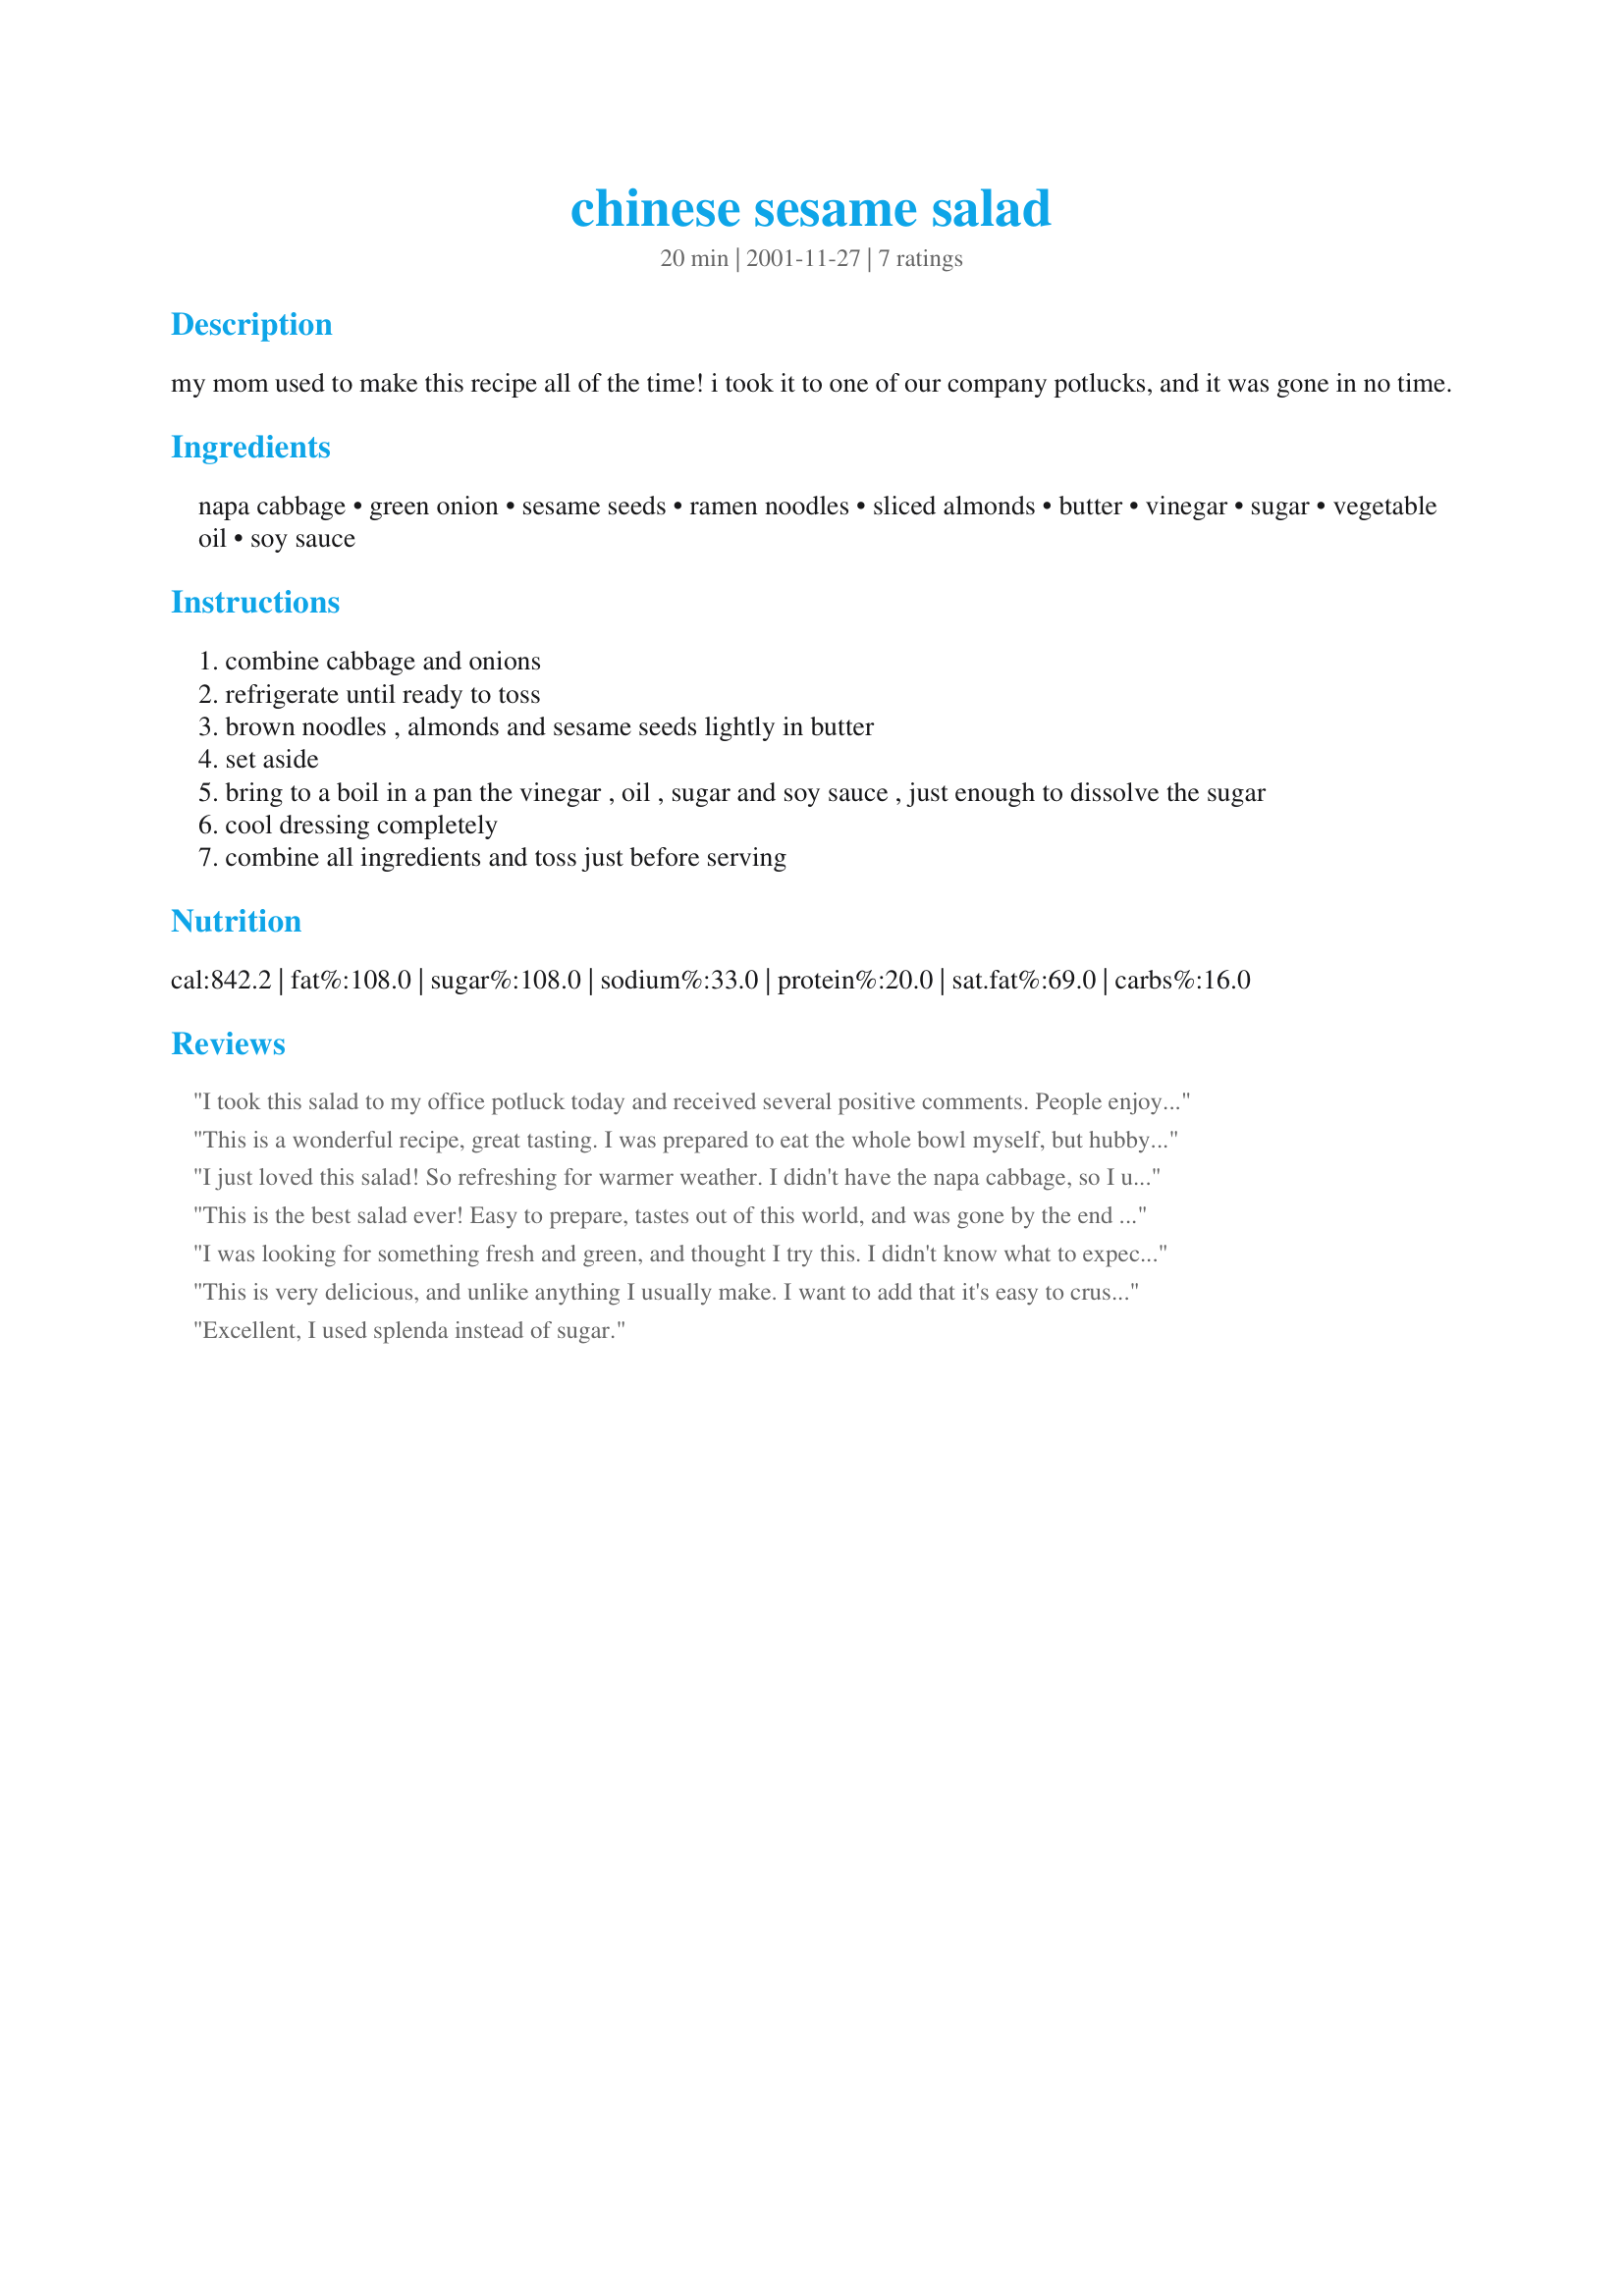
chinese sesame salad
Preparation time: 20 minutes

my mom used to make this recipe all of the time! i took it to one of our company potlucks, and it was gone in no time.

Ingredients:
napa cabbage, green onion, sesame seeds, ramen noodles, sliced almonds, butter, vinegar, sugar, vegetable oil, soy sauce

Steps:
combine cabbage and onions
refrigerate until ready to toss
brown noodles , almonds and sesame seeds lightly in butter
set aside
bring to a boil in a pan the vinegar , oil , sugar and soy sauce , just enough to dissolve the sugar
cool dressing completely
combine all ingredients and toss just before serving

Reviews:
I took this salad to my office potluck today and received several positive comments. People enjoyed the mix of textures. I did add about one tablespoon of sesame oil, which made the flavour more distinctive. When I make it again, I will look for ways to reduce the fat content.
This is a wonderful recipe, great tasting. I was prepared to eat the whole bowl myself, but hubby and kids wanted some too, so I hadto share.
I just loved this salad! So refreshing for warmer weather. I didn't have the napa cabbage, so I used regular cabbage in a bag, turned out great!
I cut back a little on the olive oil, I ended up using about 1/2 cup..I also used red wine vinegar. I'll be making this all summer..thanks Kelly!
This is the best salad ever! Easy to prepare, tastes out of this world, and was gone by the end of the meal! Our friends wanted to lick the bowl!!
I was looking for something fresh and green, and thought I try this. I didn't know what to expect before the first bite, but the more we ate this, the better we liked it! Nutty, crunchy and nice. I'll definitely make this again.
This is very delicious, and unlike anything I usually make. I want to add that it's easy to crush the ramen noodles if you put them in a ziploc bag first. Then beat on them with something, like a large spoon or a mallet.
Excellent, I used splenda instead of sugar.
